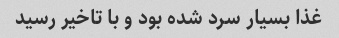
غذا بسیار سرد شده بود و با تاخیر رسید